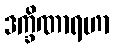
ဒက္ခိဏာရဟာ